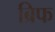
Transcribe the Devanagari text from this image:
ब्रिफ